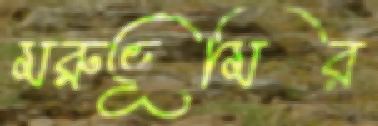
মরুভূমির